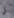
لي